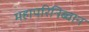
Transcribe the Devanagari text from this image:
महापरिनिब्वान